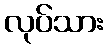
လုပ်သား